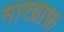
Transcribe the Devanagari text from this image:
मारग्राफ़